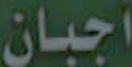
اجبان